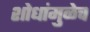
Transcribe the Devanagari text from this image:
शोधांमुळेच